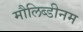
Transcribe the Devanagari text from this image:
मौलिब्डीनम